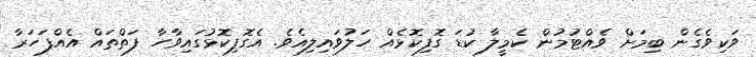
ވަކިވެގެން ބިމަށް ވެއްޓުމުން ކެމީލާ ކުޑަ ގޮފިކޮޅެއް ހަލުވައިލިއެވެ. އެގޮފިކޮޅުގައިވާހާ ފަތްތައް އެއްފަހަރާ